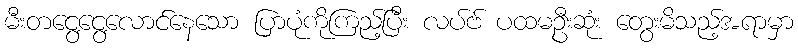
မီးတငွေ့ငွေ့လောင်နေသော ပြာပုံကိုကြည့်ပြီး လပ်ဗ် ပထမဦးဆုံး တွေးမိသည့်အရာမှာ